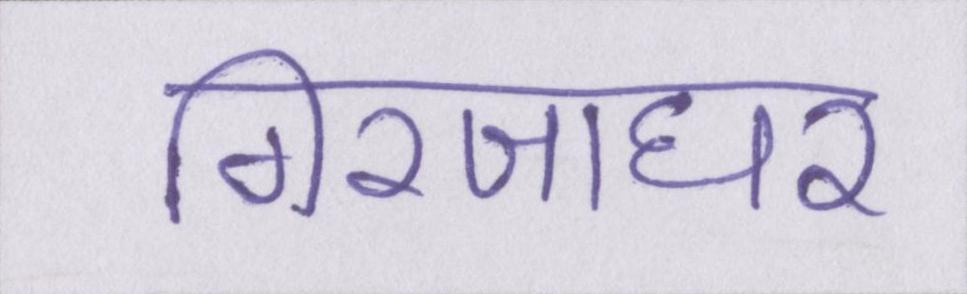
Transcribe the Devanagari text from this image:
गिरजाघर